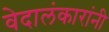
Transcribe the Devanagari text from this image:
वेदालंकारांनी